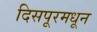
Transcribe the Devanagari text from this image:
दिसपूरमधून